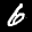
Label: 6